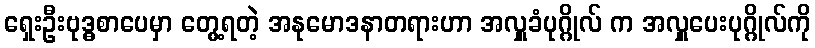
ရှေးဦးဗုဒ္ဓစာပေမှာ တွေ့ရတဲ့ အနုမောဒနာတရားဟာ အလှူခံပုဂ္ဂိုလ် က အလှူပေးပုဂ္ဂိုလ်ကို